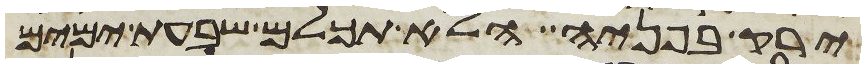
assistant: ירק בפניה הלוא תכלם שבעת ימים